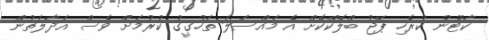
ކާޓޫނު ކުރެހި ޕޭޖު ބްލޮކްކޮށް އެ މައްސަލަ ތަހުގީގު ކުރުމަށް ވެސް އަދާލަތުން